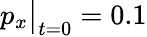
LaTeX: p_{x}\big|_{t=0}=0.1